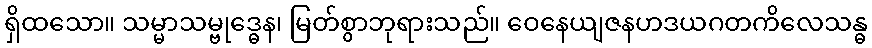
ရှိထသော။ သမ္မာသမ္ဗုဒ္ဓေန၊ မြတ်စွာဘုရားသည်။ ဝေနေယျဇနဟဒယဂတကိလေသန္ဓ